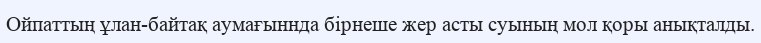
Ойпаттың ұлан-байтақ аумағыннда бірнеше жер асты суының мол қоры анықталды.